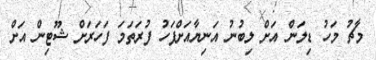
މާޗު މަހު ޑިލަން އަށް ލިބުނު އަނިޔާއަށްފަހު ފުރަތަމަ ފަހަރަށް ޝޫޓިން އަށް